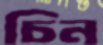
চিন